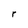
Character: r